Vaccination in the Punjab 1897-1904 - 1897-1904
Year: 1897
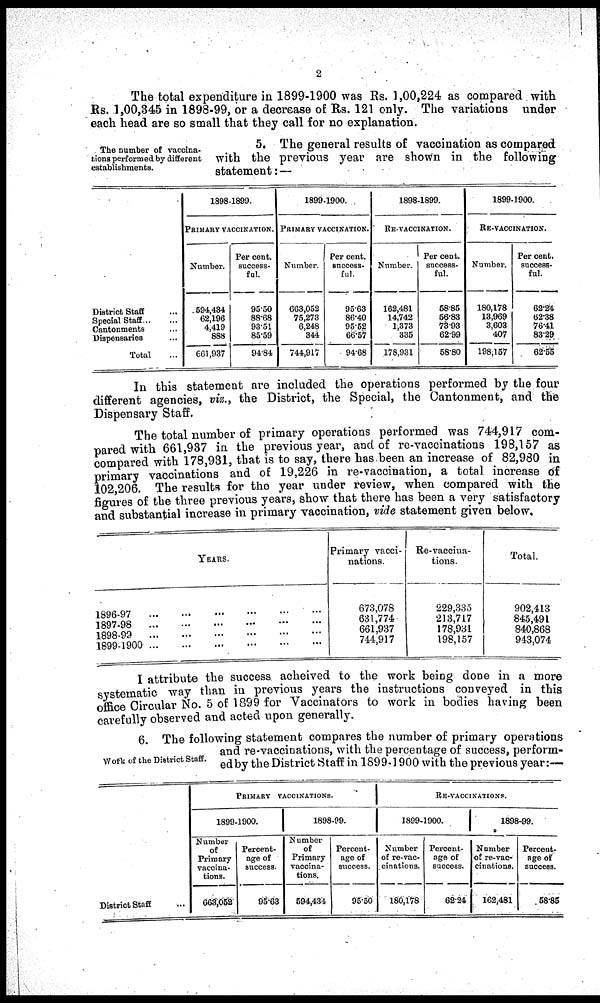
2
The total expenditure in 1899-1900 was Rs. 1,00,224 as compared with
Rs. 1,00,345 in 1898-99, or a decrease of Rs. 121 only. The variations under
each head are so small that they call for no explanation.
The number of vaccina-
tions performed by different
establishments.
5. The general results of vaccination as compared
with the previous year are shown in the following
statement: —
District Staff ... ...
Special Staff ... ...
Cantonments ... ...
Dispensaries ... ...
Total ...
1898-1899.
PRIMARY VACCINATION.
Number.
594,434
62,196
4,419
888
661,937
Per cent.
success¬
ful.
95.50
88.68
93.51
85.59
94.84
1899-1900.
PRIMARY VACCINATION.
Number.
663,052
75,273
6,248
344
744,917
Per cent.
success-
ful.
95.63
86.40
95.52
66.57
94.68
1898-1899.
RE-VACCINATION.
Number.
162,481
14,742
1,373
335
178,931
Per cent.
success-
ful.
58.85
56.83
73.93
62.99
58.80
1899-1900.
RE-VACCINATION.
Number.
180,178
13,969
3,603
407
198,157
Per cent.
success-
ful.
62.24
62.38
76.41
83.29
62.55
In this statement are included the operations performed by the four
different agencies, viz., the District, the Special, the Cantonment, and the
Dispensary Staff.
The total number of primary operations performed was 744,917 com-
pared with 661,937 in the previous year, and of re-vaccinations 198,157 as
compared with 178,931, that is to say, there has been an increase of 82,980 in
primary vaccinations and of 19,226 in re-vaccination, a total increase of
102,206. The results for the year under review, when compared with the
figures of the three previous years, show that there has been a very satisfactory
and substantial increase in primary vaccination, vide statement given below
YEARS.
1896-97
1897-98
1898-99
1899-1900
Primary vacci-
nations.
673,078
631,774
661,937
744,917
Re-vaccina-
tions.
229,335
213,717
178,931
198,157
Total.
902,413
845,491
840,868
943,074
I attribute the success acheived to the work being done in a more
systematic way than in previous years the instructions conveyed in this
office Circular No. 5 of 1899 for "Vaccinators to work in bodies having been
carefully observed and acted upon generally.
Work of the District Staff.
6. The following statement compares the number of primary operations
and re-vaccinations, with the percentage of success, perform-
ed by the District Staff in 1899-1900 with the previous year:—
District Staff ...
PRIMARY VACCINATIONS.
1899-1900.
Number
of
Primary
vaccina¬
tions.
663,052
Percent-
age of
success.
95.63
1898-99.
Number
of
Primary
vaccina-
tions.
594,434
Percent-
age of
success.
95.50
RE-VACCINATIONS.
1899-1900.
Number
of re-vac¬
cinations.
180,178
Percent-
age of
success.
62.24
1898-99.
Number
of re-vac-
cinations.
162,481
Percent-
age of
success.
58.85